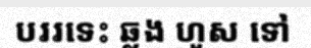
បររទេះ ឆ្លង ហួស ទៅ